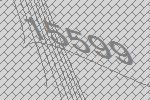
15599